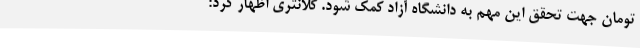
تومان جهت تحقق این مهم به دانشگاه آزاد کمک شود. کلانتری اظهار کرد: